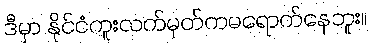
ဒီမှာ နိုင်ငံကူးလက်မှတ်ကမရောက်နေဘူး။